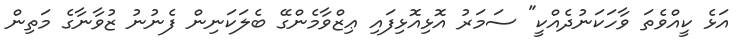
އަޅެ ކީއްވެތަ ވާހަކަނުދެއްކީ" ސަމަރު އޮޅިއޮޅިފައި ޢިޒްވާމެންގޭ ބެލަކަނިން ފެނުނު ޒުވާނާގެ މަތިން